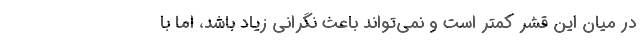
در میان این قشر کمتر است و نمی‌تواند باعث نگرانی زیاد باشد، اما با